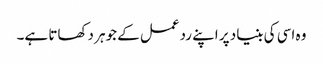
وہ اسی کی بنیاد پر اپنے ردعمل کے جوہر دکھاتا ہے۔